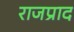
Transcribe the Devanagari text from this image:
राजप्राद